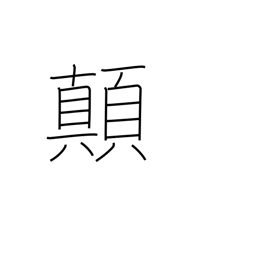
Meaning: overturn